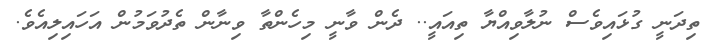
ތިދަނީ ގުޅައިވެސް ނުލާވިއްޔާ ތިއައީ.. ދެން ވާނީ މިހެންތާ ވިނާން ތެދުވަމުން އަހައިލިއެވެ.